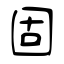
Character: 固